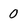
Character: 0